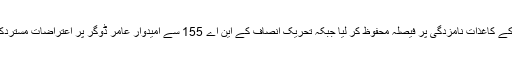
19 جون2018ء) ریٹرننگ افسر نے این اے 155 سے مسلم لیگ ن کے امیدوارجاوید ہاشمی کے کاغذات نامزدگی پر فیصلہ محفوظ کر لیا جبکہ تحریک انصاف کے این اے 155 سے امیدوار عامر ڈوگر پر اعتراضات مستردکر دیئے جبکہ پی پی 217 سے شاہ محمود قریشی کے کاغذات نامزدگی منظور کر لئے گئے ۔